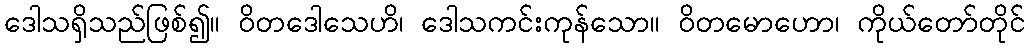
ဒေါသရှိသည်ဖြစ်၍။ ဝိတဒေါသေဟိ၊ ဒေါသကင်းကုန်သော။ ဝိတမောဟော၊ ကိုယ်တော်တိုင်